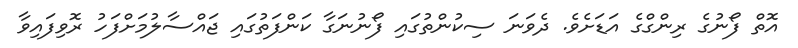
އޮތް ފޯނުގެ ރިންގްގެ އަަޑަށެވެ. ދެވަނަ ސިކުންތުގައި ފޯނުނަގާ ކަންފަތުގައި ޖައްސާލުމަށްފަހު ރޮވިފައިވާ